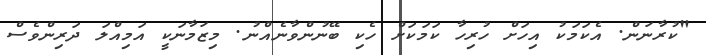
"ކުރާނަން. އެކަމަކު އިހަށް ހުރިހާ ކަމަކަށް ހެކި ބޭނުންވާނެއްނު. މިޒަމާނަކީ އަމިއްލަ ދަރިންވެސް